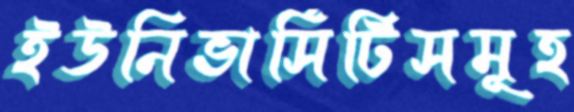
ইউনিভার্সিটিসমূহ